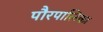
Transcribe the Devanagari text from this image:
पौरपालिका